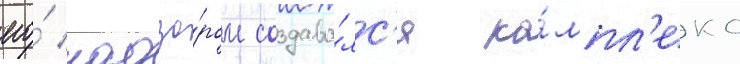
его́ надзо́ром создава́лс'я ко́мпл'екс